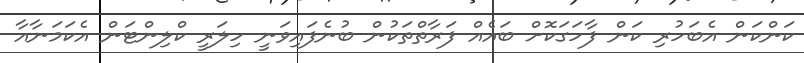
ކަންކަން އެބަހުރި ކަން ފާހަގަކޮށް ބައެއް ފަރާތްތަކުން ބުނެފައިވަނީ ހިލަރީ ކްލިންޓަން އެކަމަނާއާ